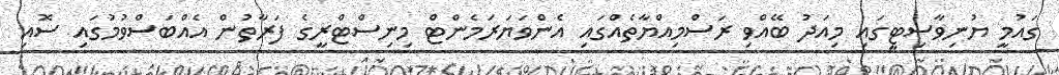
ގައުމީ ޔުނިވާސިޓީގައި މިއަދު ބޭއްވި ރަސްމިއްޔާތެއްގައި އެންވަޔަރަމެންޓް މިނިސްޓްރީގެ ފަރާތުން އެއްބަސްވުމުގައި ސޮއި